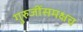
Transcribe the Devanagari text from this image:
गुरुजींसमक्षच